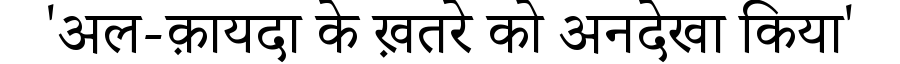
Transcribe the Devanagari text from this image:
'अल-क़ायदा के ख़तरे को अनदेखा किया'